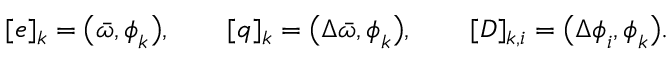
[ \boldsymbol { e } ] _ { k } = \big ( \bar { \omega } , \boldsymbol { \phi } _ { k } \big ) , \qquad [ \boldsymbol { q } ] _ { k } = \big ( \Delta \bar { \omega } , \boldsymbol { \phi } _ { k } \big ) , \qquad [ \boldsymbol { D } ] _ { k , i } = \big ( \Delta \boldsymbol { \phi } _ { i } , \boldsymbol { \phi } _ { k } \big ) .